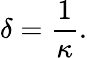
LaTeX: \delta=\frac{1}{\kappa}.